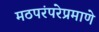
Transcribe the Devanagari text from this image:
मठपरंपरेप्रमाणे